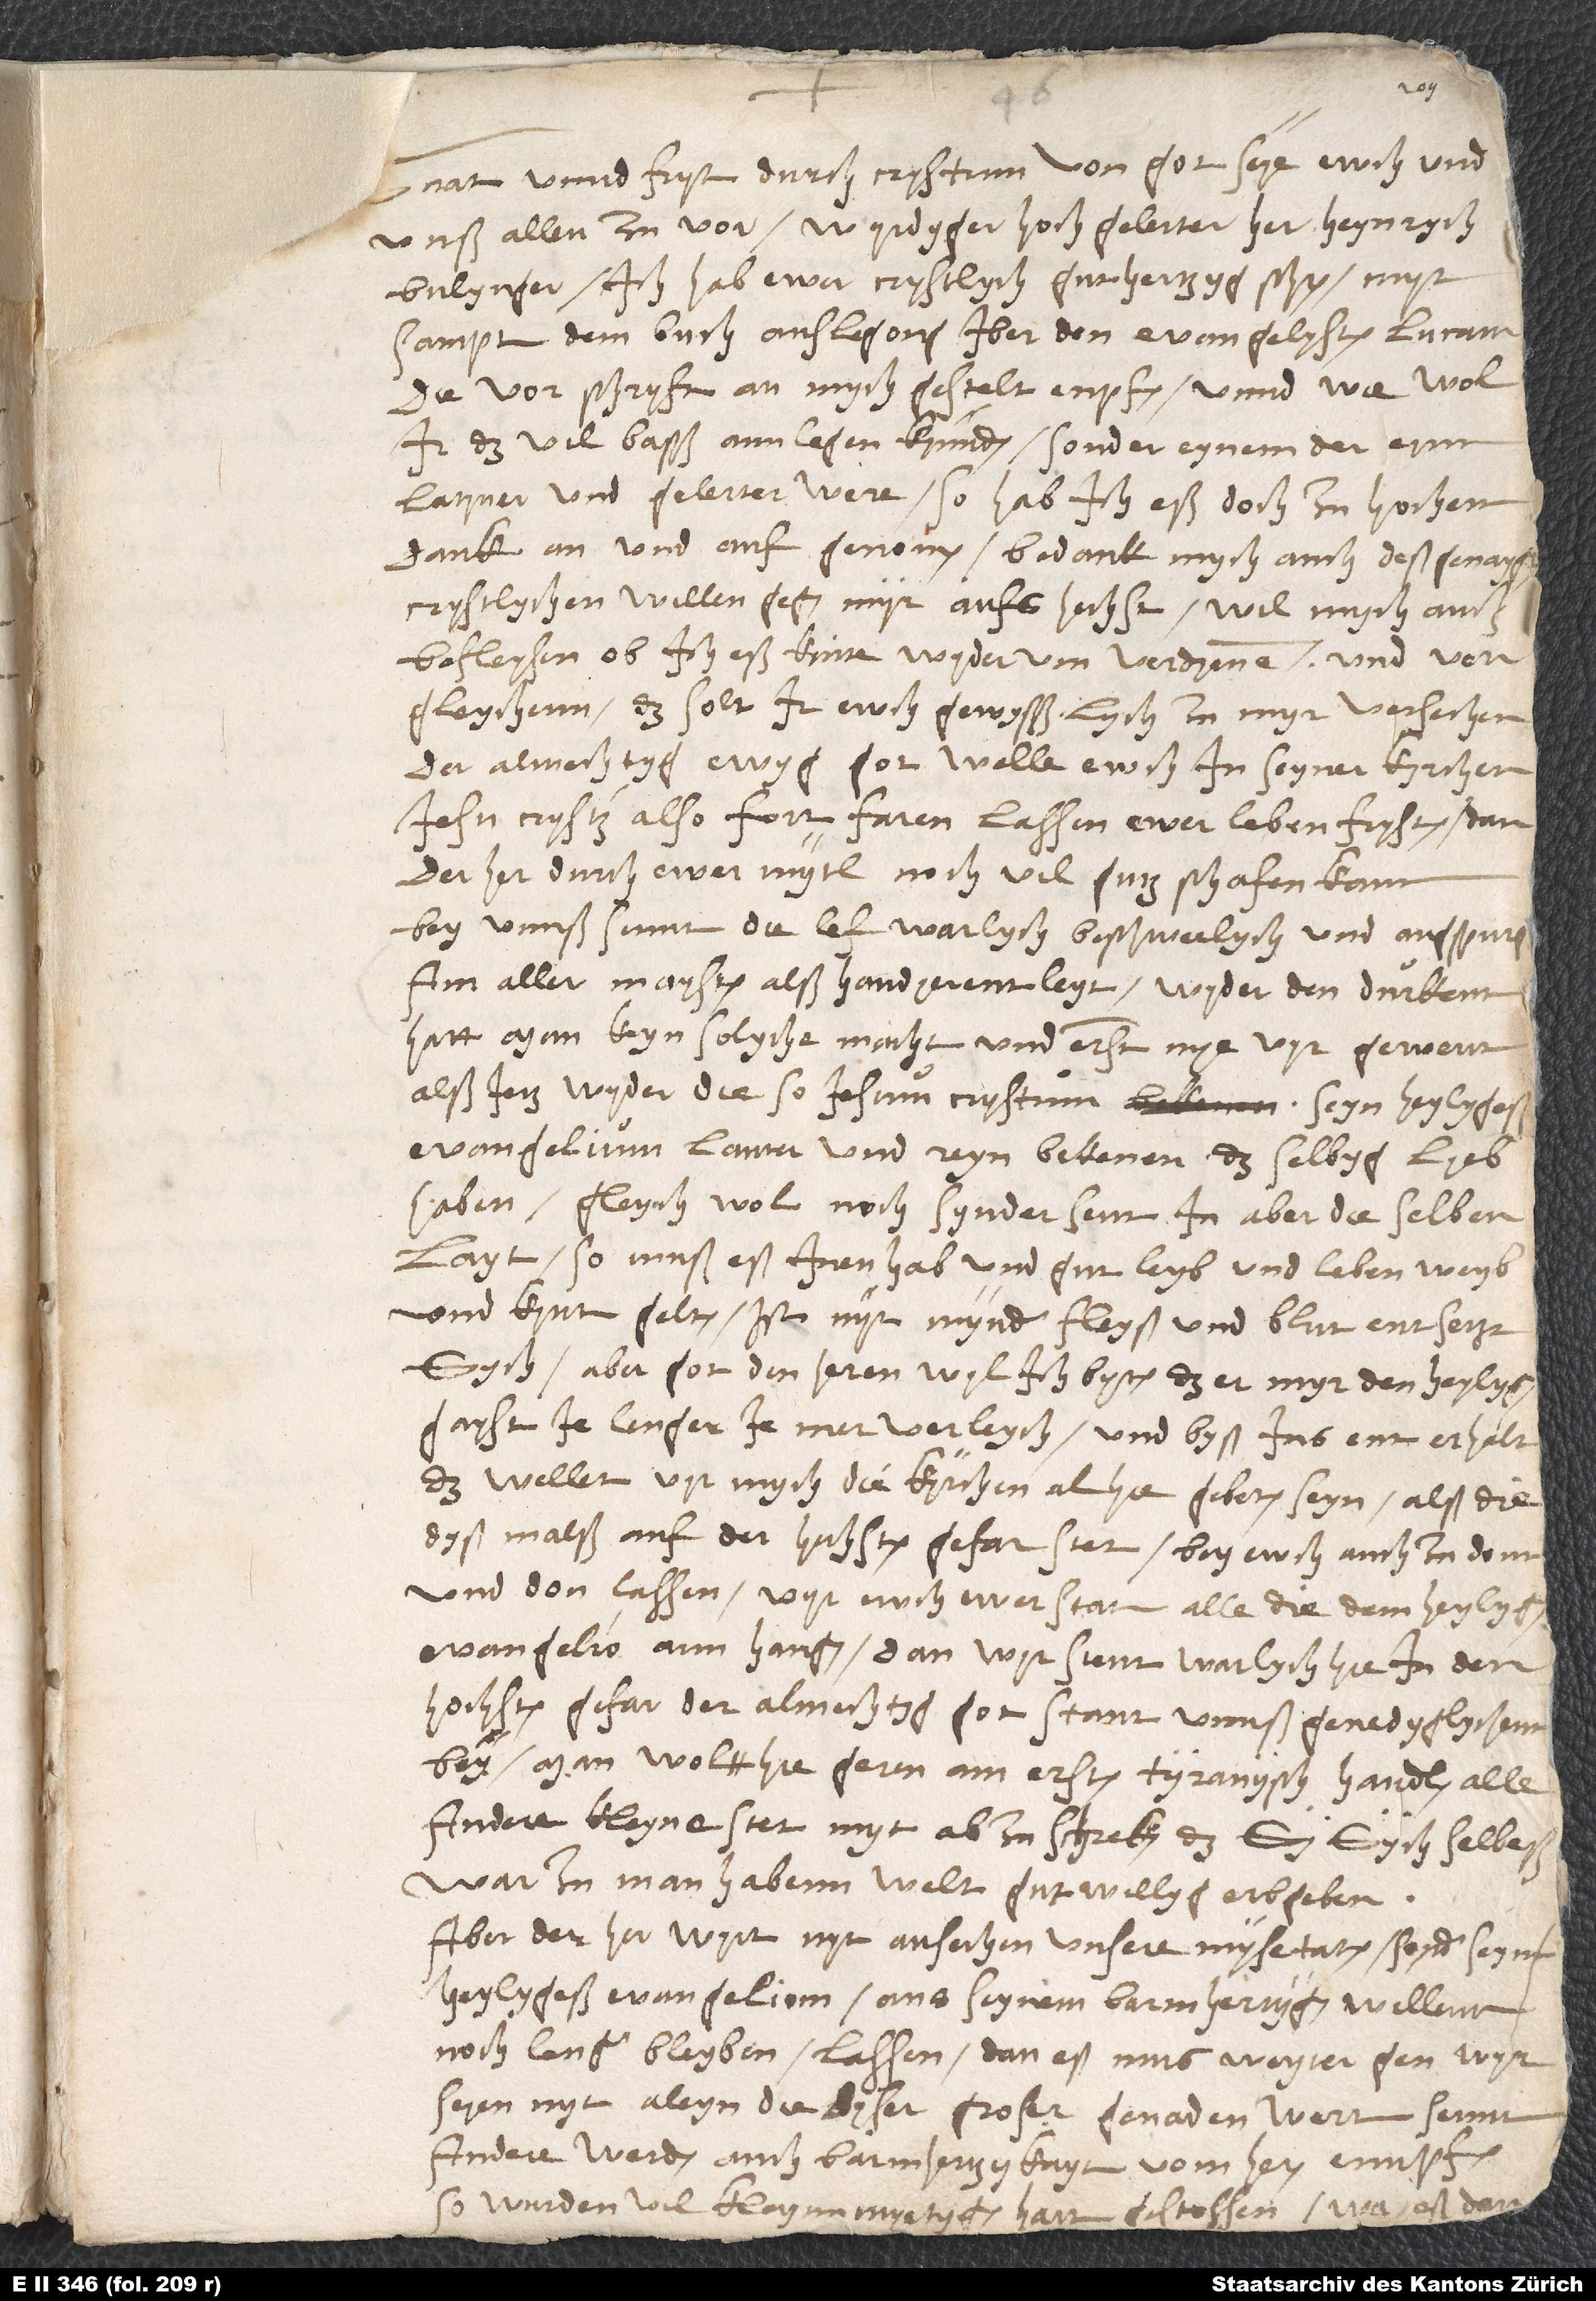
Gnat unnd fryt durch Crystum von got sye ewch und
unß allen zu vor. Wyrdyger, hochgelerter her Heynrych
Bulynger, ich hab ewer crystlych guthertzyg schr myt
sampt dem buch Auslegong iber den evangelysten Lucam,
die vorschryft an mych gestelt, enpfangen. Unnd wiewol
ir das vil basß annlegen kynden, sonder eynem, der eyn
Latiner und gelerter were, so hab ich eß doch zu hochem
dank an und aufgenomen, bedank mych auch deß genaygt
crystlychen willen gegen myr aufs hechst, wil mych auch
befleysen, ob ich eß kinte wyderum verdyenen und vergleychenn.
Das solt ir ewch gewysßlych zu myr versechen.
Der almechtyg, ewyg got welle ewch in seyner kyrchen
Iesu Crysti also fortfaren lassen, ewer leben frysten, dan
der her durch ewer mytl noch vil gutz schafen kann.
Bey unnß sinnt die lef warlych beschwerlych und Augspurg
am aller maysten alß handyerentleyt. Wyder den Durkenn
hatt man keyn solyche macht under erst nye vyrgewent
alß jetz wyder die, so Iesum Crystum, seyn heylygeß
evangelium lauter und reyn bekenen, dasselbyg lyeb
haben, gleychwol noch synder sent. In aber dieselben
layt, so muß eß inen hab und gut, leyb und leben, weyb
und kynt gelten. Ist nyt mynder, fleysch und blut entsetzt
sich, aber got den heren wyl ich byten, das er myr den heylygen
gayst je lenger je mer verleych und byß ins ent erhalt.
Das wellet vyr mych, die kyrchen alhie gebeten seyn, alß die
dyßmalß auf der hechsten gefar stet, bey ewch auch zu donn
und don lassen, vyr ewch, ewer stat, alle, die dem heylygen
evangelio annhangen. Dann wyr stent warlych hie in den
hochsten gefar. Der almechtyg got stant unnß genedyglychenn
bey. Man woltt hie geren am ersten tyranysch handlen, alle
andere kleyne stet myt abzuschreken, das sy sych selbeß,
war zu man habenn welt, gutwillyg erbgeben.
Aber der her wyrt nyt ansechen unsere mysetaten, sonder seynn
heylygeß evangeliom aus seynem barmhertzygen willen
noch lenger bleyben lassen. Dan eß mus weyter gen! Wyr
syen nyt aleyn, die dyser groser genaden wert sennt.
Andere werden auch barmhertzykayt vom heren ennpfangen.
So wurden vil klaynnmyetigen hart gestossen, wa eß der